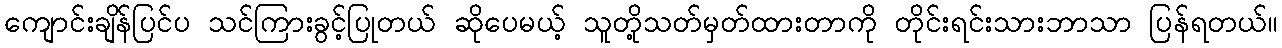
ကျောင်းချိန်ပြင်ပ သင်ကြားခွင့်ပြုတယ် ဆိုပေမယ့် သူတို့သတ်မှတ်ထားတာကို တိုင်းရင်းသားဘာသာ ပြန်ရတယ်။